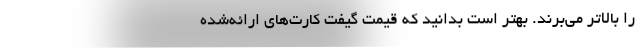
را بالاتر می‌برند. بهتر است بدانید که قیمت گیفت‌ کارت‌های ارائه‌شده